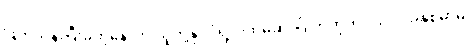
ဖြတ်သန်းပြီးခဲ့တဲ့နောက် သူတို့နိုင်ငံရဲ့ ပထမဆုံးဂြိုဟ်တုကို ၁၉၇၀ ခုနှစ်မှာမှ